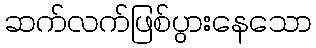
ဆက်လက်ဖြစ်ပွားနေသော